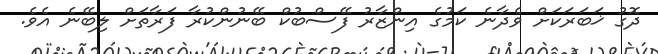
ދޮގު ޚަބަރަކަށް ވެދާނެ ކަމުގެ އިންޒާރު ފޭސްބުކް ބޭނުންކުރާ ފަރާތަށް ލިބޭނެ އެވެ.